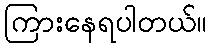
ကြားနေရပါတယ်။